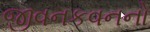
જીવનકવનનો